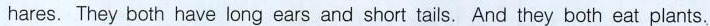
hares. They both have long ears and short tails. And they both eat plants.